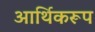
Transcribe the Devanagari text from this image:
आर्थिकरूप